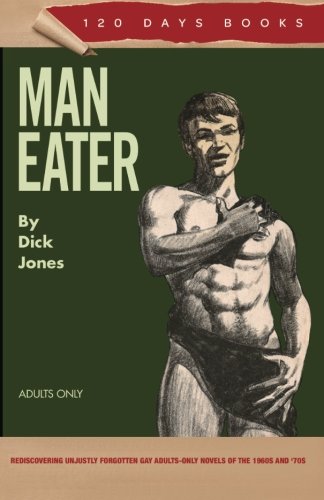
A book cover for Man Eater: & Night of the Sadist; Dick Jones; Romance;